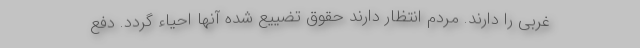
غربی را دارند. مردم انتظار دارند حقوق تضییع شده آنها احیاء گردد. دفع